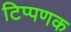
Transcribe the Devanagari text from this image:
टिप्पणक